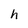
Character: h